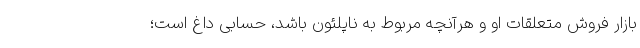
بازار فروش متعلقات او و هرآنچه مربوط به ناپلئون باشد، حسابی داغ است؛